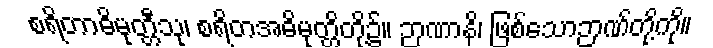
စရိတာဓိမုတ္တီသု၊ စရိတအဓိမုတ္တိတို့၌။ ဉာဏာနိ၊ ဖြစ်သောဉာဏ်တို့ကို။